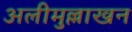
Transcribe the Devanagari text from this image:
अलीमुल्लाखन